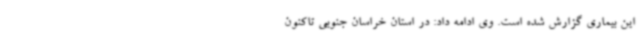
این بیماری گزارش شده است. وی ادامه داد: در استان خراسان جنوبی تاکنون